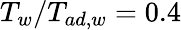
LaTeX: T_{w}/T_{ad,w}=0.4